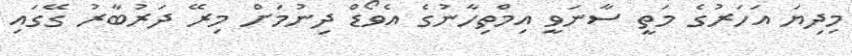
މިދިޔަ އަހަރުގެ މަތީ ސާނަވީ އިމްތިހާނުގެ އެވޯޑް ދިނުމަށް މިރޭ ދަރުބާރު ގޭގައި